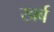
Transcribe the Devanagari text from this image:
खर्ब